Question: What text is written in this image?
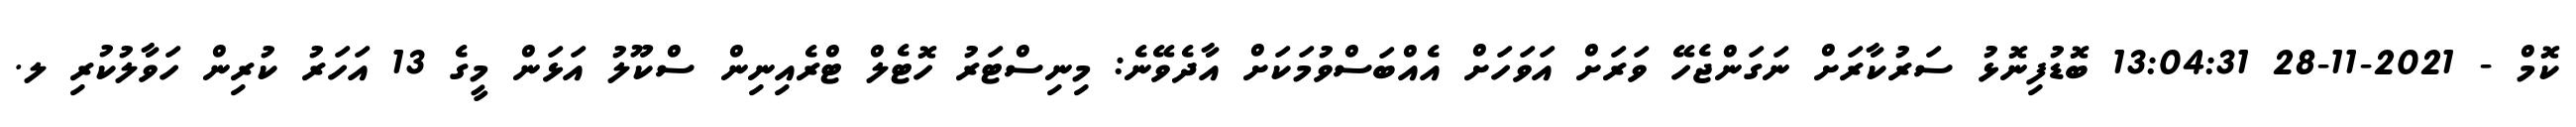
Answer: ކޮމް - 2021-11-28 13:04:31 ބޮޑުފިނޮޅު ސަރުކާރަށް ނަގަންޖެހޭ ވަރަށް އަވަހަށް އެއްބަސްވުމަކަށް އާދެވޭނެ: މިނިސްޓަރު ހޮޓެލް ޓްރެއިނިން ސްކޫލު އަޅަން މީގެ 13 އަހަރު ކުރިން ހަވާލުކުރި ލ.